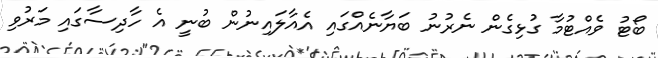
ބޯޓު ވެއްޓުމާ ގުޅިގެން ނެރުނު ބަޔާނެއްގައި އެއާލައިނުން ބުނީ އެ ހާދިސާގައި މަރުވި